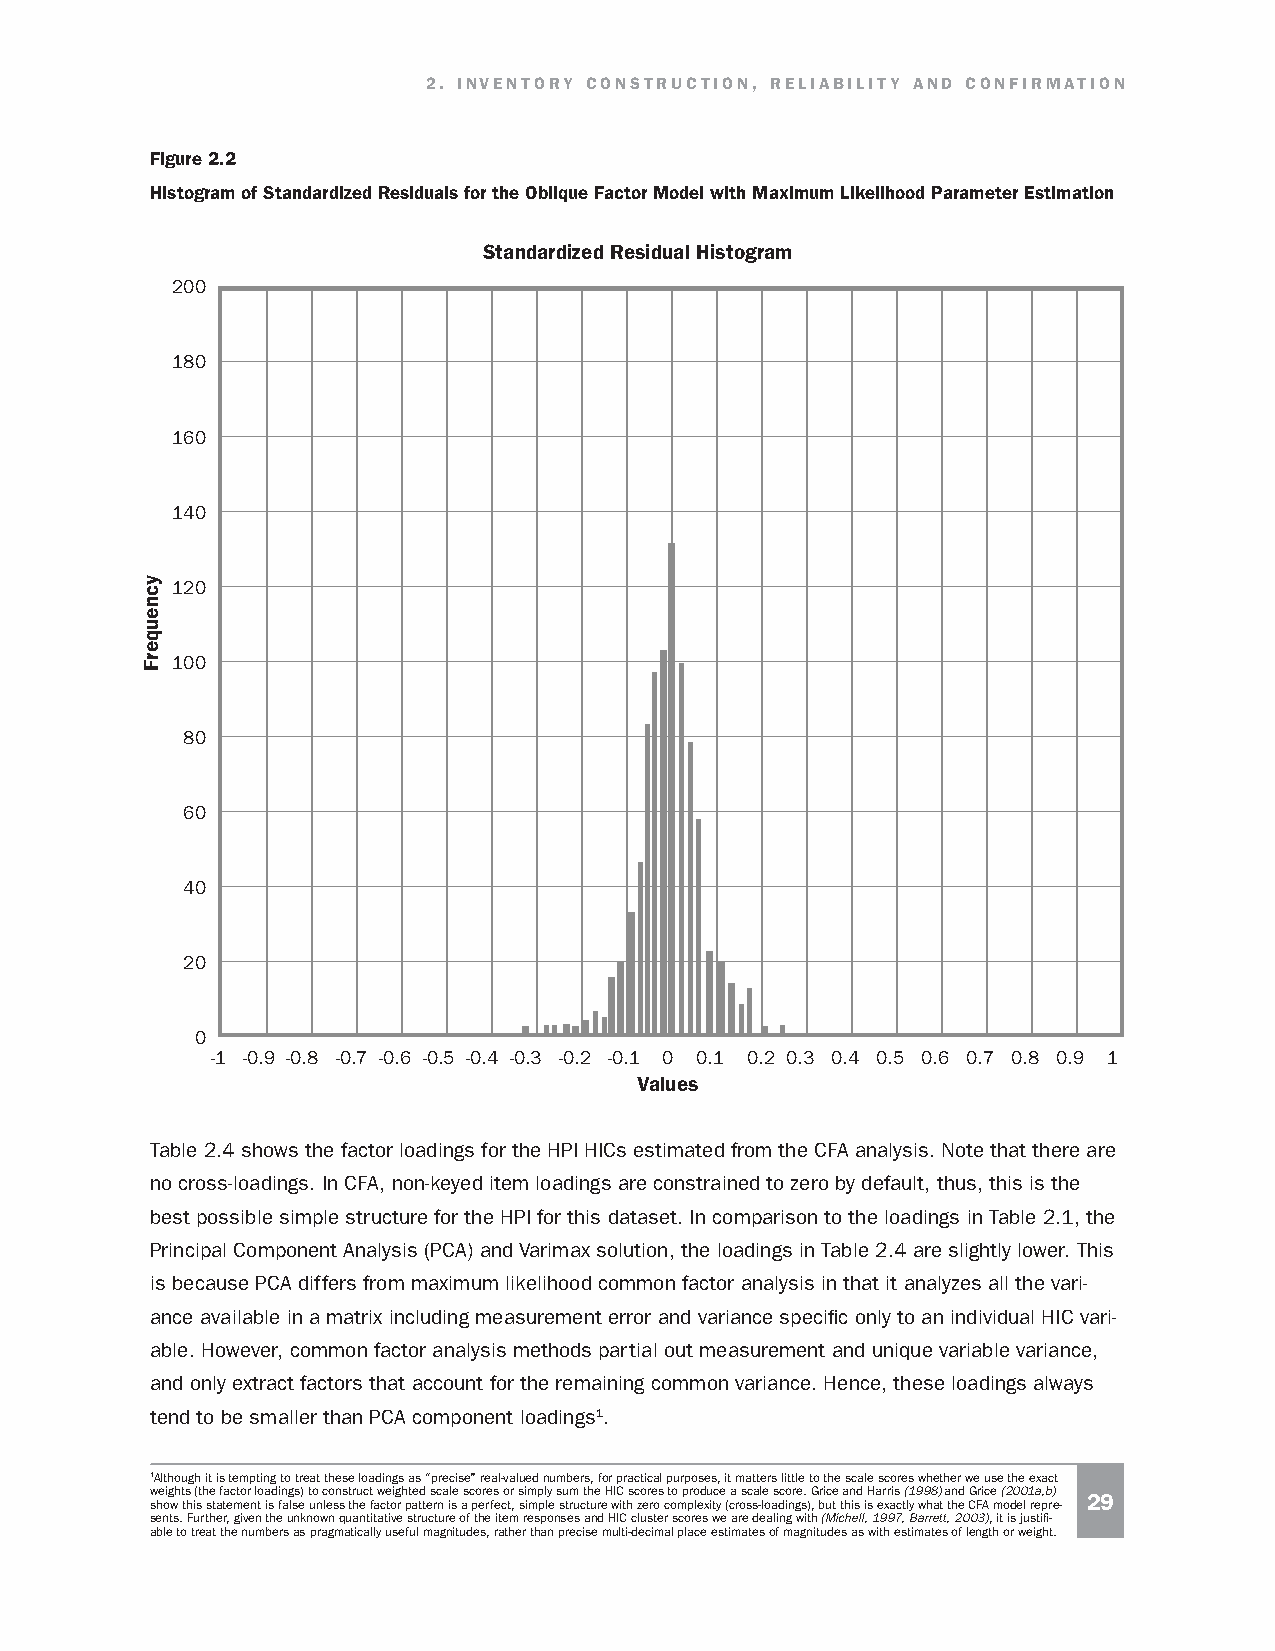
2. INVENTORY CONSTRUCTION, RELIABILITY AND CONFIRMATION
 Figure 2.2
 Histogram of Standardized Residuals for the Oblique Factor Model with Maximum Likelihood Parameter Estimation
 Standardized Residual Histogram
 200
 180
 160
 140
 120
 100
 80
 60
 40
 20
 0
 -1 -0.9 -0.8 -0.7 -0.6 -0.5 -0.4 -0.3 -0.2 -0.1 0 0.1 0.2 0.3 0.4 0.5 0.6 0.7 0.8 0.9 1
 Values
 Table 2.4 shows the factor loadings for the HPI HICs estimated from the CFA analysis. Note that there are
 no cross-loadings. In CFA, non-keyed item loadings are constrained to zero by default, thus, this is the
 best possible simple structure for the HPI for this dataset. In comparison to the loadings in Table 2.1, the
 Principal Component Analysis (PCA) and Varimax solution, the loadings in Table 2.4 are slightly lower. This
 is because PCA differs from maximum likelihood common factor analysis in that it analyzes all the vari-
 ance available in a matrix including measurement error and variance specific only to an individual HIC vari-
 able. However, common factor analysis methods partial out measurement and unique variable variance,
 and only extract factors that account for the remaining common variance. Hence, these loadings always
 tend to be smaller than PCA component loadings1.
 1Although it is tempting to treat these loadings as “precise” real-valued numbers, for practical purposes, it matters little to the scale scores whether we use the exact
 weights (the factor loadings) to construct weighted scale scores or simply sum the HIC scores to produce a scale score. Grice and Harris (1998) and Grice (2001a,b)
 29
 show this statement is false unless the factor pattern is a perfect, simple structure with zero complexity (cross-loadings), but this is exactly what the CFA model repre-
 sents. Further, given the unknown quantitative structure of the item responses and HIC cluster scores we are dealing with (Michell, 1997, Barrett, 2003), it is justifi-
 able to treat the numbers as pragmatically useful magnitudes, rather than precise multi-decimal place estimates of magnitudes as with estimates of length or weight.
 ycneuqerF